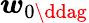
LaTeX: \boldsymbol{w}_{0\ddag}